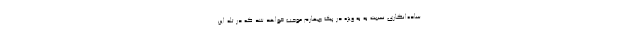
ساده‌انگاری نسبت به به ویژه در پیک چهارم موجب خواهد شد که در تله این